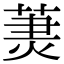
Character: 𦳒